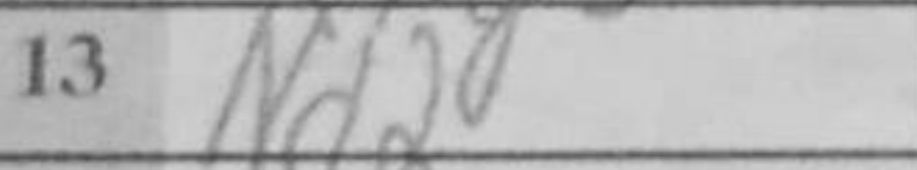
Transcription: Nd2